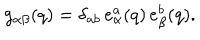
g _ { \alpha \beta } ( q ) = \delta _ { a b } \, e _ { \alpha } ^ { a } ( q ) \, e _ { \beta } ^ { b } ( q ) .